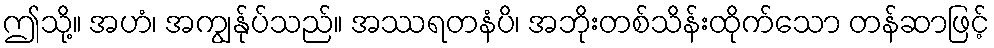
ဤသို့။ အဟံ၊ အကျွန်ုပ်သည်။ အဿရတနံပိ၊ အဘိုးတစ်သိန်းထိုက်သော တန်ဆာဖြင့်